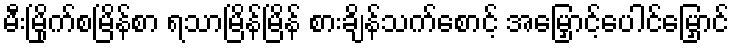
မီးမြိုက်စမြိန်စာ ရသာမြိန်မြိန် စားချိန်သက်စောင့် အမြှောင့်ပေါင်မြှောင်